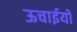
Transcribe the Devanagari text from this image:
ऊचाईयों